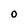
Character: O